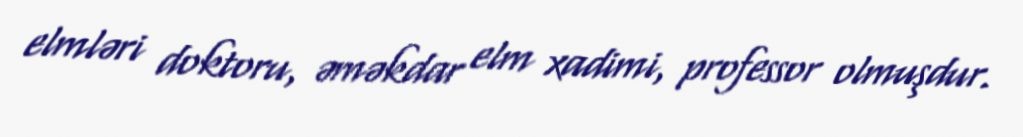
elmləri doktoru, əməkdar elm xadimi, professor olmuşdur.